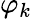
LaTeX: \varphi_{k}